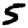
Digit: 5